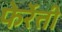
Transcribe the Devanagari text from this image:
फेर्रेत्ती